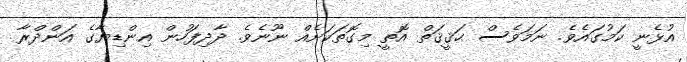
އުޅެނީ ކަމުގައެވެ. ނަމަވެސް ޙަޤީޤަތް އޮތީ މިގޮތަކަށެއް ނޫނެވެ. ދާދިފަހުން އިންޑިޔާގެ އަންދްރާ